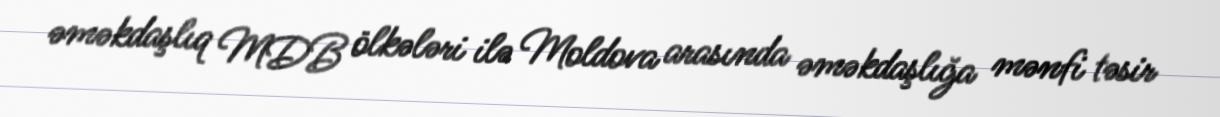
əməkdaşlıq MDB ölkələri ilə Moldova arasında əməkdaşlığa mənfi təsir